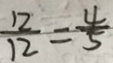
\frac { 1 2 } { 1 2 } = \frac { 4 } { 5 }